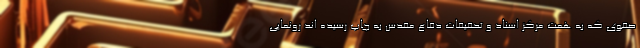
صفوی که به همت مرکز اسناد و تحقیقات دفاع مقدس به چاپ رسیده اند رونمایی